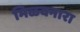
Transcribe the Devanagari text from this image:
मिळवनारा